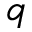
q